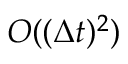
O ( ( \Delta t ) ^ { 2 } )